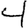
Digit: 4